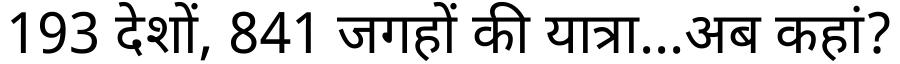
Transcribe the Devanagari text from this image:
193 देशों, 841 जगहों की यात्रा...अब कहां?